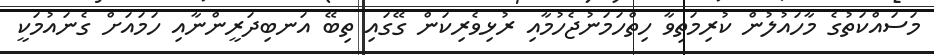
މަސައްކަތުގެ މާހައުލުން ކުރިމަތިވާ ހިތްހަމަނުޖެހުމާއި ރުޅިވެރިކަން ގޭގައި ތިބޭ އަނބިދަރީންނާއި ހަމައަށް ގެނައުމަކީ